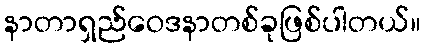
နာတာရှည်ဝေဒနာတစ်ခုဖြစ်ပါတယ်။